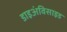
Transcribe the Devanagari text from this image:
डाइअंविसाइड